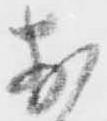
お